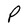
Character: P